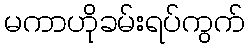
မကာဟိုခမ်းရပ်ကွက်